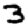
Digit: 3